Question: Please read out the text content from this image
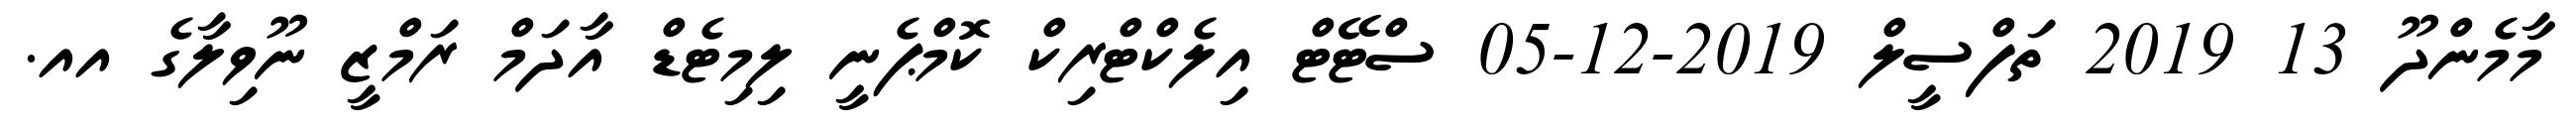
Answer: މާމެންދޫ 13 2019 ތަފްސީލް 2019-12-05 ސްޓޭޓް އިލެކްޓްރިކް ކޮމްޕެނީ ލިމިޓެޑް އާދަމް ރަމްޒީ ނޫވިލާގެ އއ.